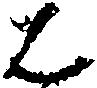
は